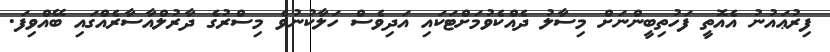
ފިރުޢައުނު އެއޮތީ ފަހުތިބީންނަށް މިސާލު ދެއްކެވުމަށްޓަކައި އަދިވެސް ހަލާކުނުވެ މިސްރުގެ ދާރުލްއާސާރެއްގައި ބޭއްވިފަ.